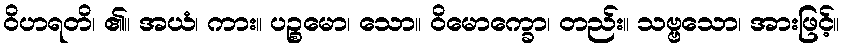
ဝိဟရတိ၊ ၏။ အယံ၊ ကား။ ပဉ္စမော၊ သော။ ဝိမောက္ခော၊ တည်း။ သဗ္ဗသော၊ အားဖြင့်။